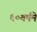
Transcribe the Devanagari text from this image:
६०वर्षमे